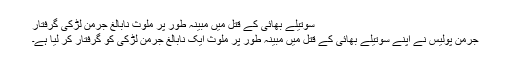
سوتیلے بھائی کے قتل میں مبینہ طور پر ملوث نابالغ جرمن لڑکی گرفتار
جرمن پولیس نے اپنے سوتیلے بھائی کے قتل میں مبینہ طور پر ملوث ایک نابالغ جرمن لڑکی کو گرفتار کر لیا ہے۔